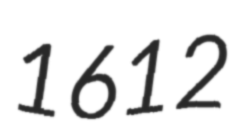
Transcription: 1612